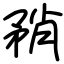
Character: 矟